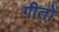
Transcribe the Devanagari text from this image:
गीतों